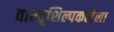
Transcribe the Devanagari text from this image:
वास्तूशिल्पकलेला